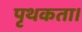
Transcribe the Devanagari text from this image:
पृथकता।